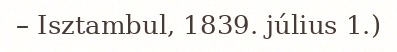
– Isztambul, 1839. július 1.)